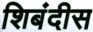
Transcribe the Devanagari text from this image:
शिबंदीस